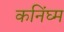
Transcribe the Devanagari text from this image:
कनिंघ्म